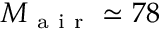
M _ { \mathrm { ~ a ~ i ~ r ~ } } \simeq 7 8 \